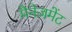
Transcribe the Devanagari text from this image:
मैनेज़मेंट